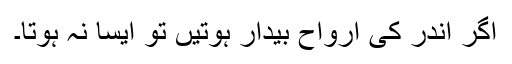
اگر اندر کی ارواح بیدار ہوتیں تو ایسا نہ ہوتا۔